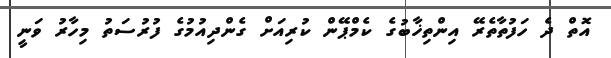
އޮތް ދެ ހަފުތާތެރޭ އިންތިޚާބުގެ ކެމްޕޭން ކުރިއަށް ގެންދިއުމުގެ ފުރުސަތު މިހާރު ވަނީ